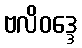
ဗလိဝဒ္ဒေ